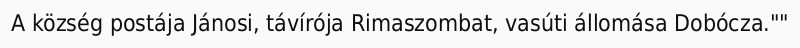
A község postája Jánosi, távírója Rimaszombat, vasúti állomása Dobócza.""